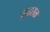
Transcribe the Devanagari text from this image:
युद्धसक्त